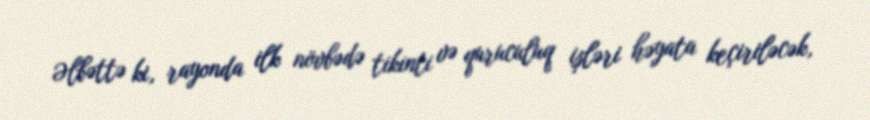
Əlbəttə ki, rayonda ilk növbədə tikinti və quruculuq işləri həyata keçiriləcək,